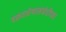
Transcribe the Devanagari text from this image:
वक्रतारेषांसंबंधीच्या